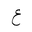
Letter: _ayn